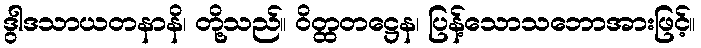
ဒွါဒသာယတနာနိ၊ တို့သည်။ ဝိတ္ထတဋ္ဌေန၊ ပြန့်သောသဘောအားဖြင့်။